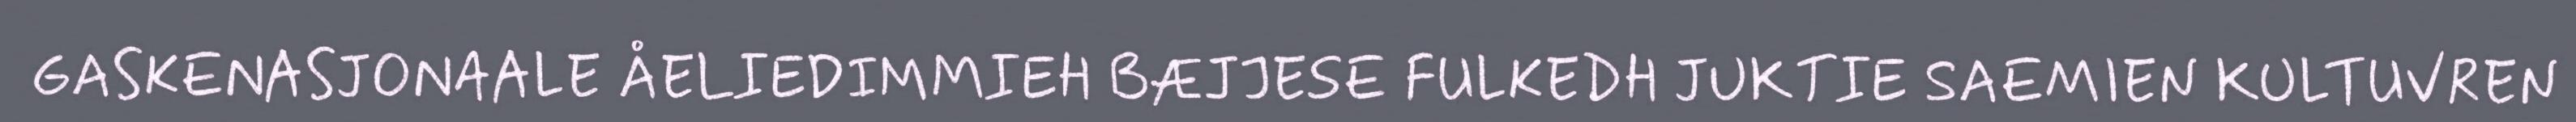
GASKENASJONAALE ÅELIEDIMMIEH BÆJJESE FULKEDH JUKTIE SAEMIEN KULTUVREN